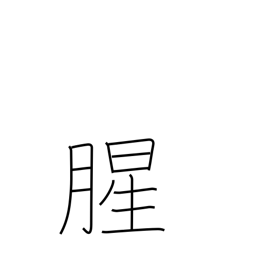
Meaning: raw smelling